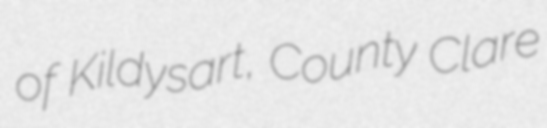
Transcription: of Kildysart, County Clare